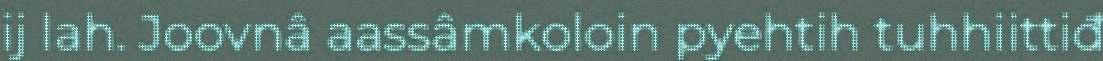
ij lah. Joovnâ aassâmkoloin pyehtih tuhhiittiđ